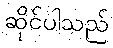
ဆိုင်ပါသည်